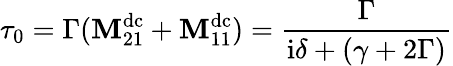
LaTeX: \tau_{0}=\Gamma(\mathbf{M}_{21}^{\mathrm{{dc}}}+\mathbf{M}_{11}^{\mathrm{{dc}}})=\frac{{\Gamma}}{{\mathrm{{i}}\delta+(\gamma+2\Gamma)}}